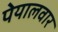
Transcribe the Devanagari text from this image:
पेयालवार